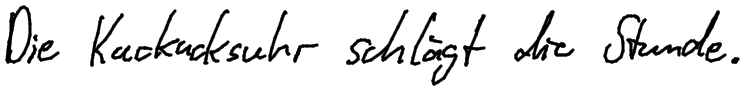
Die Kuckucksuhr schlägt die Stunde.